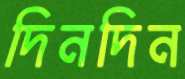
দিনদিন